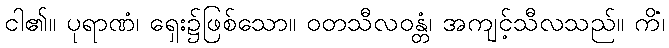
ငါ၏။ ပုရာဏံ၊ ရှေး၌ဖြစ်သော။ ဝတသီလဝန္တံ၊ အကျင့်သီလသည်။ ကိံ၊